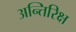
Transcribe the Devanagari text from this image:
अन्तिरिक्ष